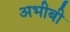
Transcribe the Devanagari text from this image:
अभीबी